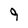
Character: 9